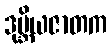
ဒုဗ္ဘိယဇာတက